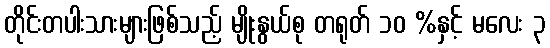
တိုင်းတပါးသားများဖြစ်သည့် မျိုးနွယ်စု တရုတ် ၁၀ %နှင့် မလေး ၃